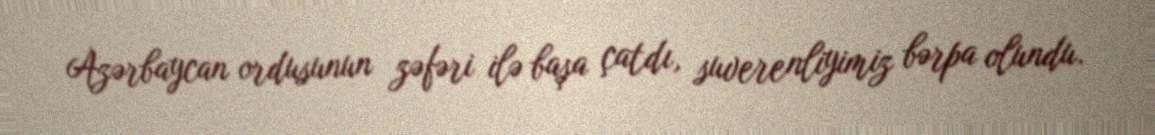
Azərbaycan ordusunun zəfəri ilə başa çatdı, suverenliyimiz bərpa olundu.